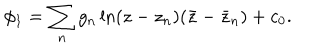
\phi _ { 1 } = \sum _ { n } g _ { n } \ln ( z - z _ { n } ) ( \bar { z } - \bar { z } _ { n } ) + c _ { 0 } .